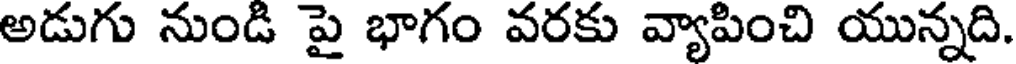
అడుగు నుండి పై భాగం వరకు వ్యాపించి యున్నది.